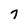
Character: 7